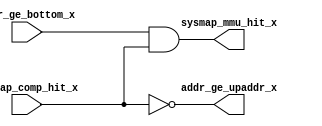
/*Copyright 2020-2021 T-Head Semiconductor Co., Ltd.

Licensed under the Apache License, Version 2.0 (the "License");
you may not use this file except in compliance with the License.
You may obtain a copy of the License at

    http://www.apache.org/licenses/LICENSE-2.0

Unless required by applicable law or agreed to in writing, software
distributed under the License is distributed on an "AS IS" BASIS,
WITHOUT WARRANTIES OR CONDITIONS OF ANY KIND, either express or implied.
See the License for the specific language governing permissions and
limitations under the License.
*/
module aq_mmu_sysmap_hit(
  addr_ge_bottom_x,
  addr_ge_upaddr_x,
  sysmap_comp_hit_x,
  sysmap_mmu_hit_x
);

// &Ports; @27
input        addr_ge_bottom_x; 
input        sysmap_comp_hit_x; 
output       addr_ge_upaddr_x; 
output       sysmap_mmu_hit_x; 

// &Regs; @28

// &Wires; @29
wire         addr_ge_bottom_x; 
wire         addr_ge_upaddr_x; 
wire         addr_ls_top;      
wire         sysmap_comp_hit_x; 
wire         sysmap_mmu_hit_x; 



assign addr_ls_top      = sysmap_comp_hit_x;

assign addr_ge_upaddr_x = !addr_ls_top;
assign sysmap_mmu_hit_x = addr_ge_bottom_x && addr_ls_top;

// &ModuleEnd; @37
endmodule